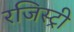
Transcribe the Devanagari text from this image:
रजिस्‍ट्री